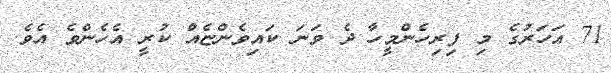
71 އަހަރުގެ މި ފިރިހެންމީހާ ދެ ވަނަ ކައިވެންޏެއް ކުރީ އެހެންވެ އެވެ.